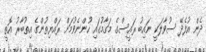
ދެން އުފެދޭ ސުވާލަކީ ނައިބު ރައީސްގެ މަގާމުގައި ހުންނެވުމަށް ރައްޔިތުންގެ އިތުބާރު އޮތީ